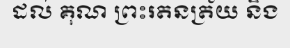
ដល់ គុណ ព្រះរតនត្រ័យ និង